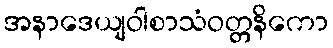
အနာဒေယျဝါစာသံဝတ္တနိကော